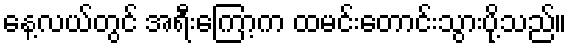
နေ့လယ်တွင် အရီးကြော့က ထမင်းတောင်းသွားပို့သည်။